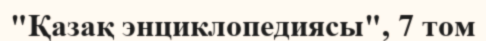
"Қазақ энциклопедиясы", 7 том